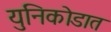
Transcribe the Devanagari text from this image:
युनिकोडात